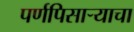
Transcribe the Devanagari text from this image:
पर्णपिसाऱ्याचा